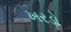
ખરડો